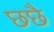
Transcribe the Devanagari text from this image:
छछै